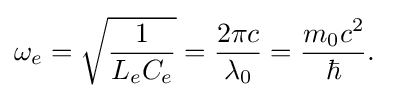
\omega _{e}={\sqrt {\frac {1}{L_{e}C_{e}}}}={\frac {2\pi c}{\lambda _{0}}}={\frac {m_{0}c^{2}}{\hbar }}.\